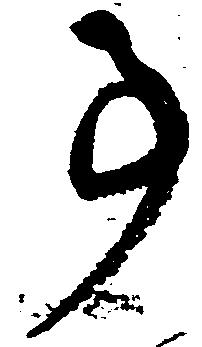
事